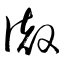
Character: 徹